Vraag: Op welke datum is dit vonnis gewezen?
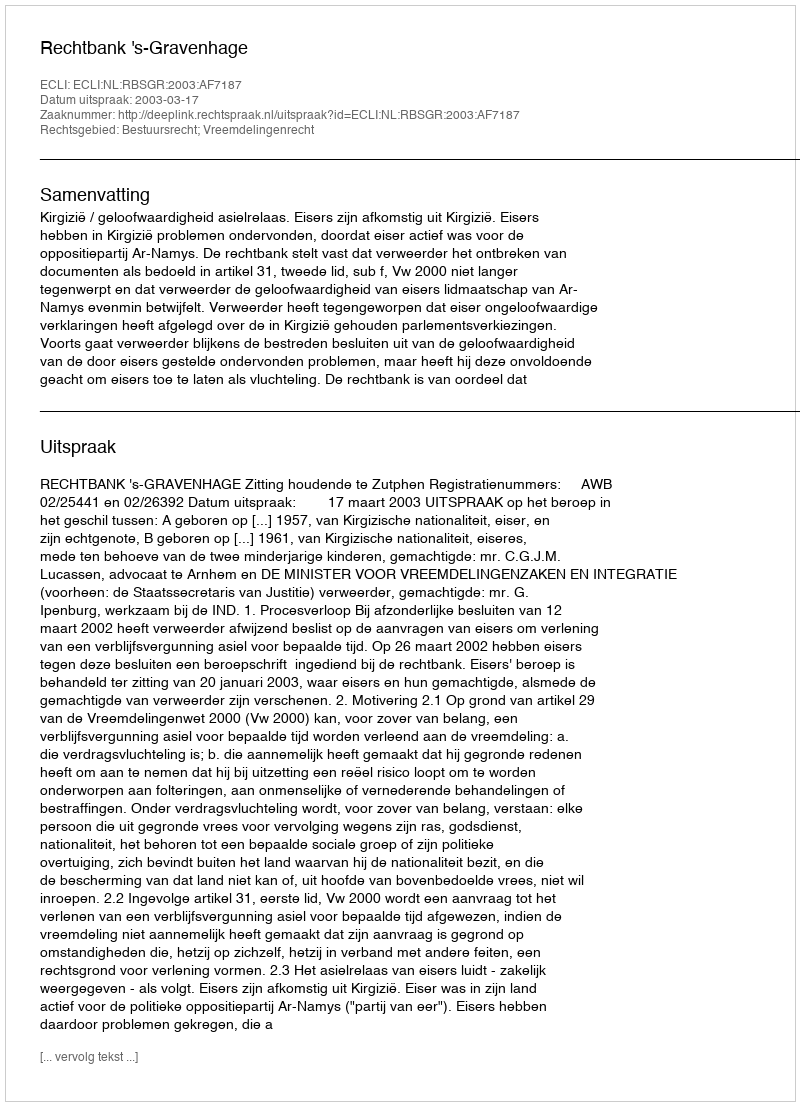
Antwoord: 2003-03-17